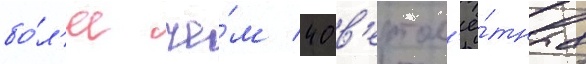
бо́л'ее че́м 40 в'ертол'ё́тных